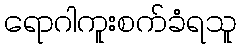
ရောဂါကူးစက်ခံရသူ